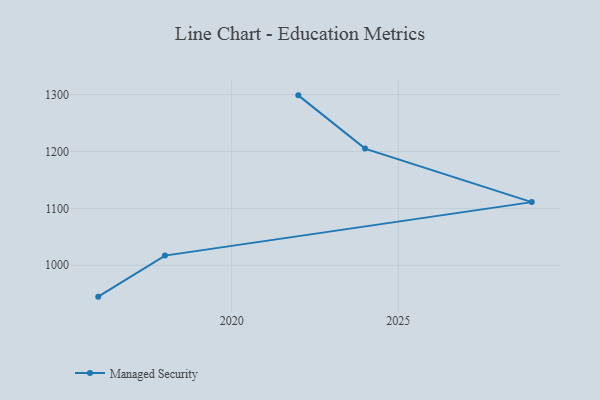
{"axis": {"x": "Year", "y": "Tickets Resolved"}, "legend": ["Managed Security"], "data": [{"x": "2016", "y": 944.9, "type": "Managed Security"}, {"x": "2018", "y": 1017.0, "type": "Managed Security"}, {"x": "2029", "y": 1111.0, "type": "Managed Security"}, {"x": "2024", "y": 1205.0, "type": "Managed Security"}, {"x": "2022", "y": 1298.6, "type": "Managed Security"}]}